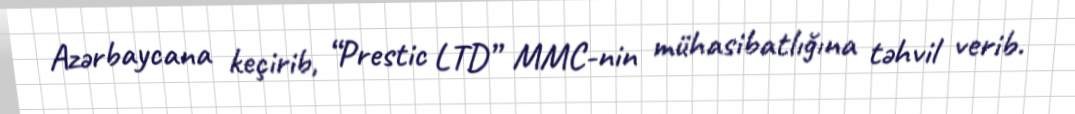
Azərbaycana keçirib, “Prestic LTD” MMC-nin mühasibatlığına təhvil verib.